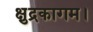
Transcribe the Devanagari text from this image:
क्षुद्रकागम।